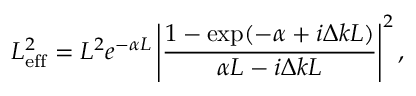
L _ { \mathrm { e f f } } ^ { 2 } = L ^ { 2 } e ^ { - \alpha L } \left| \frac { 1 - \exp ( - \alpha + i \Delta k L ) } { \alpha L - i \Delta k L } \right| ^ { 2 } ,